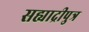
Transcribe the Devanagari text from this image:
सह्याद्रीपुत्र